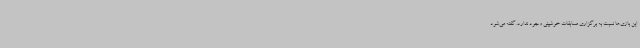
این بازی‌ها نسبت به برگزاری مسابقات خوشبینی وجود ندارد. گفته می‌شود